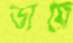
ডায়ে